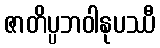
ဇာတိပ္ပဘဝါနုပဿီ